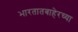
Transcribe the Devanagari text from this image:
भारतातबाहेरच्या